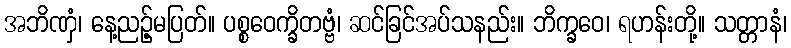
အဘိဏှံ၊ နေ့ညဉ့်မပြတ်။ ပစ္စဝေက္ခိတဗ္ဗံ၊ ဆင်ခြင်အပ်သနည်း။ ဘိက္ခဝေ၊ ရဟန်းတို့။ သတ္တာနံ၊